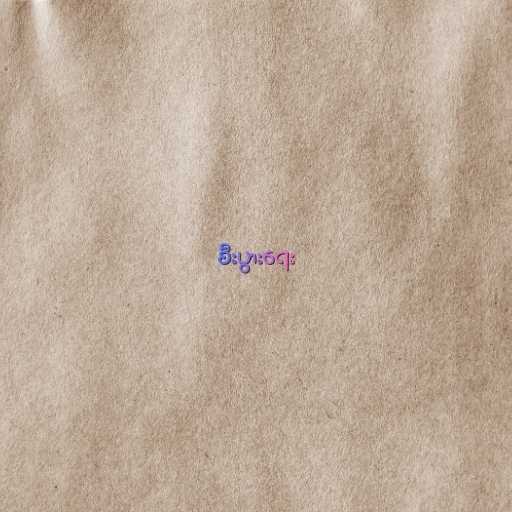
စီးပွားရေး